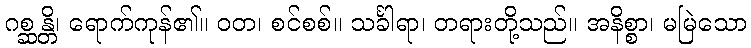
ဂစ္ဆန္တိ၊ ရောက်ကုန်၏။ ဝတ၊ စင်စစ်။ သင်္ခါရာ၊ တရားတို့သည်။ အနိစ္စာ၊ မမြဲသော